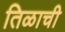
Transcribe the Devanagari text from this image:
तिळाची